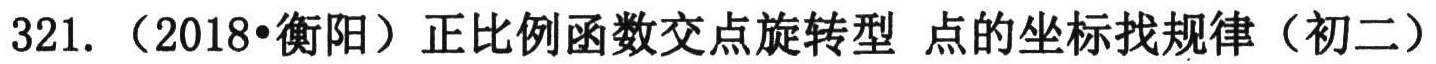
321. （2018•衡阳）正比例函数交点旋转型 点的坐标找规律（初二）